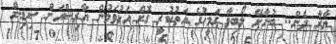
ޔާރާ ދެން.. ބުނާށޭ ލޯބިވާ ގަމީހުގެ އަތުކުރީ ގޮށް އަޅުވަމުން އާރިޝްއަށް ސިޑިން